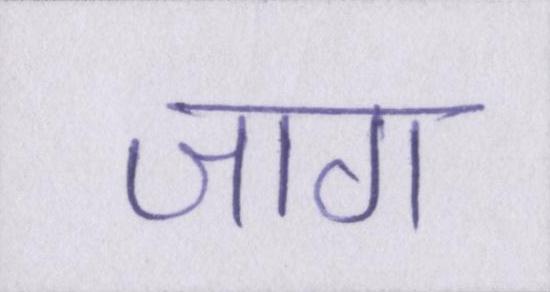
जाग